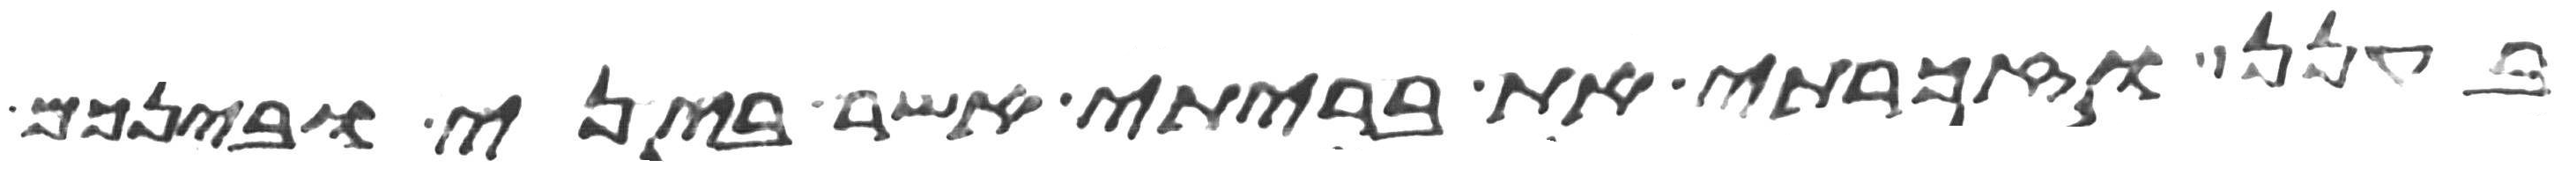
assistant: בענן וזכרתי את בריתי אשר ביני ובינכם